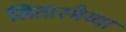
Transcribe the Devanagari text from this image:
सितारमैय्या